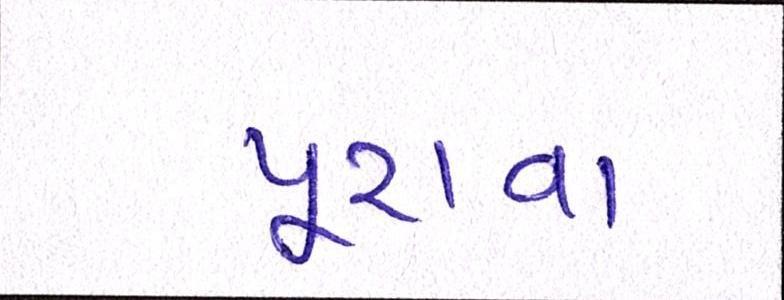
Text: પૂરાવા